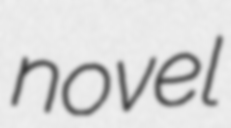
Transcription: novel